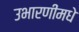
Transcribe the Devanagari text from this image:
उभारणींमधे